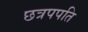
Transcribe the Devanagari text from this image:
छत्रपपति